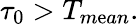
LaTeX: \tau_{0}>T_{m\mathrm{e}an}.